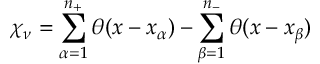
\chi _ { \nu } = \sum _ { \alpha = 1 } ^ { n _ { + } } \theta ( x - x _ { \alpha } ) - \sum _ { \beta = 1 } ^ { n _ { - } } \theta ( x - x _ { \beta } )